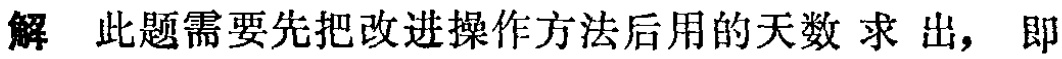
解 此题需要先把改进操作方法后用的天数 求 出，即